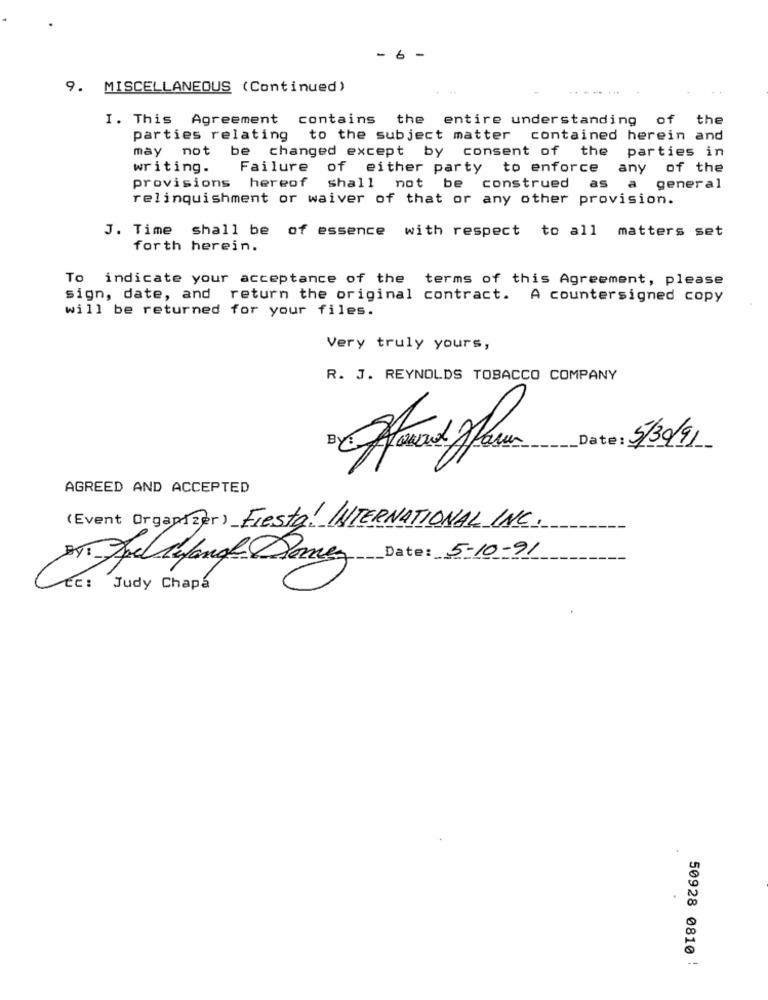
- 6 -
9. MISCELLANEOUS (Continued)
------
I. This Agreement contains the entire understanding of the
parties relating to the subject matter contained herein and
may not be changed except by consent of the parties in
writing.
Failure of either party to enforce any of the
as
provisions hereof shall not be construed
general
relinquishment or waiver of that or any other provision.
J. Time shall be of essence with respect to all matters set
forth herein.
To indicate your acceptance of the terms of this Agreement, please
sign, date, and return the original contract. A countersigned copy
will be returned for your files.
Very truly yours,
R. J. REYNOLDS TOBACCO COMPANY
Date: 5/30/91
AGREED AND ACCEPTED
(Event Organizer) Fiesta! INTERNATIONAL INC.
Date: 5-10-91
BYT You Canfange Donez
CC: Judy Chapa
50928 0810 !